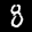
Label: 8